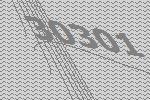
30301